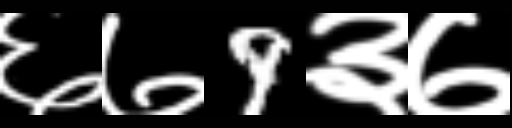
Text: ६७9३७